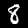
Label: 8